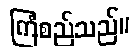
ကြံစည်သည်။